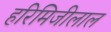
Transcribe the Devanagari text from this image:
हरिमिजीलाल